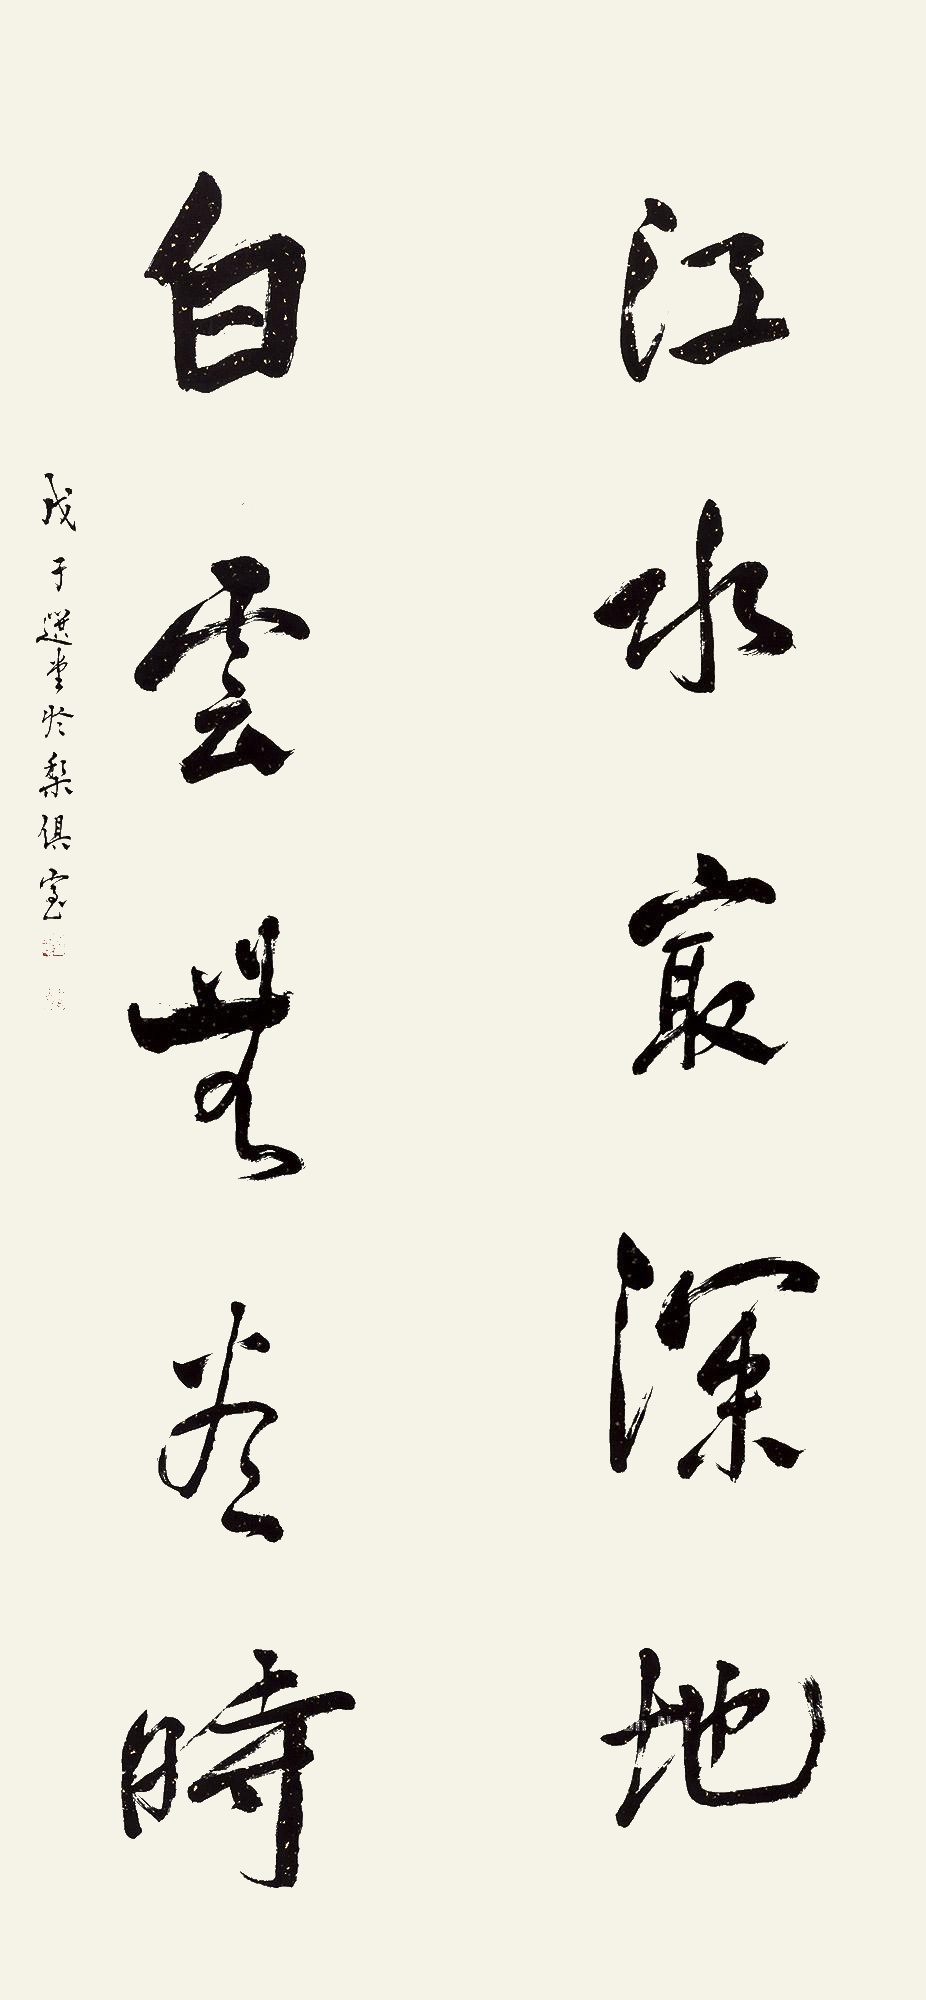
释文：江水最深地，白云无尽时。戊子（2008年）选堂于梨俱室。